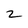
Character: 5